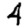
Digit: 4